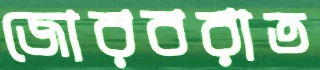
জোরবরাত